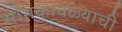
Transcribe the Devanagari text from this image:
सोमकावळ्याची